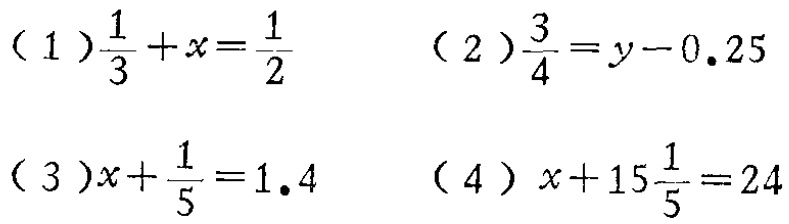
(1)$\frac{1}{3}+x = \frac{1}{2}$

(2)$\frac{3}{4}=y - 0.25$

(3)$x+\frac{1}{5}=1.4$

(4)$x + 15\frac{1}{5}=24$